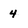
Character: 4